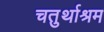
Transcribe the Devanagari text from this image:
चतुर्थाश्रम